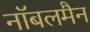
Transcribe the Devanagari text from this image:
नॉबलमैन